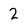
Character: 2